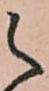
之